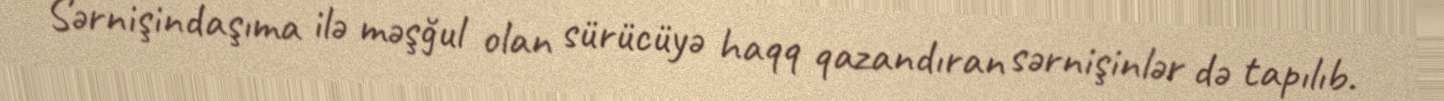
Sərnişindaşıma ilə məşğul olan sürücüyə haqq qazandıran sərnişinlər də tapılıb.